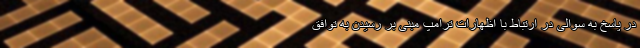
در پاسخ به سوالی در ارتباط با اظهارات ترامپ مبنی بر رسیدن به توافق